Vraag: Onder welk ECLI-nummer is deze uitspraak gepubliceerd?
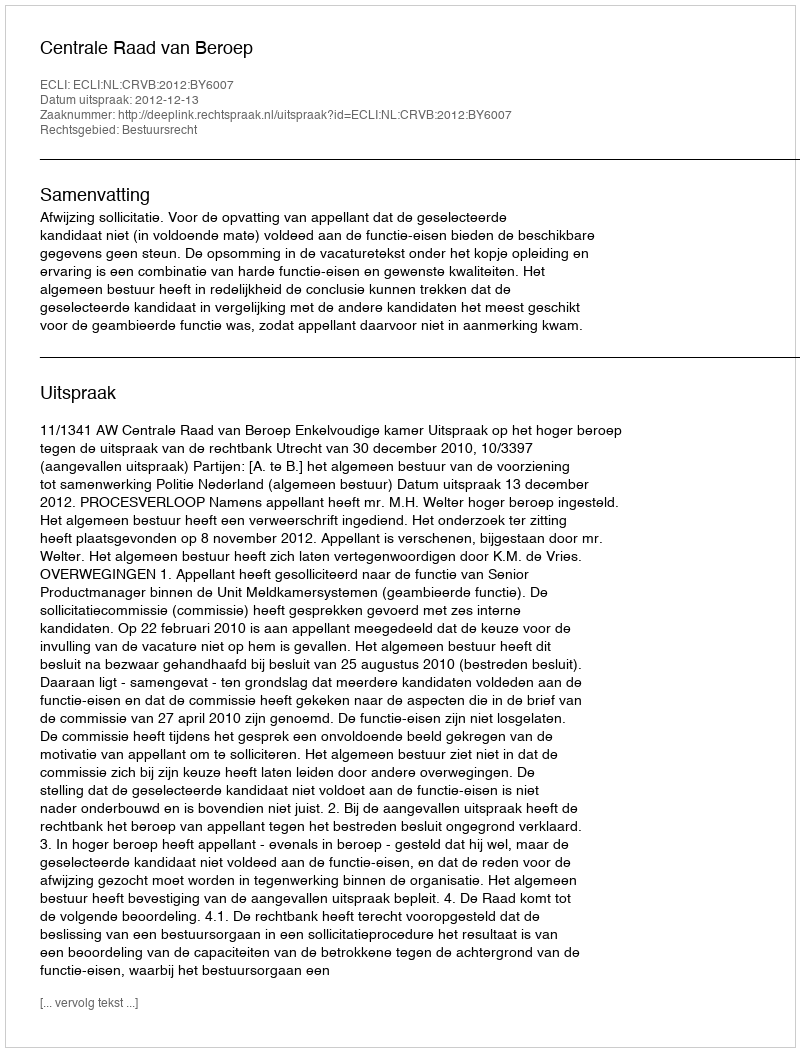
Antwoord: ECLI:NL:CRVB:2012:BY6007